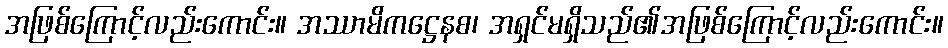
အဖြစ်ကြောင့်လည်းကောင်း။ အဿာမိကဋ္ဌေနစ၊ အရှင်မရှိသည်၏အဖြစ်ကြောင့်လည်းကောင်း။